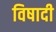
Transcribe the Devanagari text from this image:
विषादी